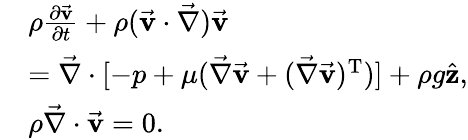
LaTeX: \begin{array}{rl}&{\rho\frac{\partial\vec{\mathbf v}}{\partial t}+\rho(\vec{\mathbf v}\cdot\vec{\nabla})\vec{\mathbf v}}\\ &{=\vec{\nabla}\cdot[-p+\mu(\vec{\nabla}\vec{\mathbf v}+(\vec{\nabla}\vec{\mathbf v})^{\mathrm{T}})]+\rho g\hat{\mathbf z},}\\ &{\rho\vec{\nabla}\cdot\vec{\mathbf v}=0.}\end{array}